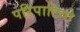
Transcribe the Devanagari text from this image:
परिपाटियो